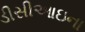
ડીસીઆઇના